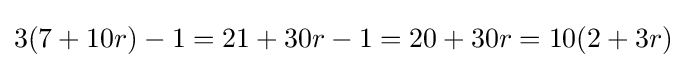
3(7+10r)-1=21+30r-1=20+30r=10(2+3r)